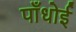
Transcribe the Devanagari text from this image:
पाँधोई